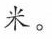
米。